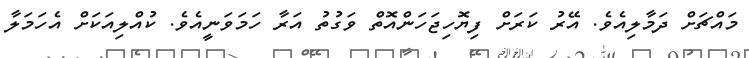
މައްޗަށް ދަމާލިއެވެ. އޭރު ކަރަށް ފިޔޮހިޖަހަންއޮތް ވަގުތު އަރާ ހަމަވަނީއެވެ. ކުއްލިއަކަށް އެހަމަލާ